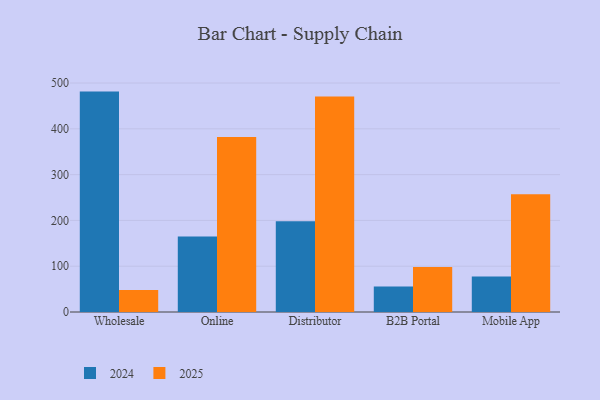
{"axis": {"x": "Channel", "y": "Shipments"}, "legend": ["2024", "2025"], "data": [{"x": "Wholesale", "y": 47.8, "type": "2025"}, {"x": "Wholesale", "y": 481.3, "type": "2024"}, {"x": "Online", "y": 382.3, "type": "2025"}, {"x": "Online", "y": 164.7, "type": "2024"}, {"x": "Distributor", "y": 470.5, "type": "2025"}, {"x": "Distributor", "y": 198.3, "type": "2024"}, {"x": "B2B Portal", "y": 98.4, "type": "2025"}, {"x": "B2B Portal", "y": 55.5, "type": "2024"}, {"x": "Mobile App", "y": 256.9, "type": "2025"}, {"x": "Mobile App", "y": 77.4, "type": "2024"}]}